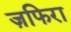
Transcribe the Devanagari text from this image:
ज़फिरा